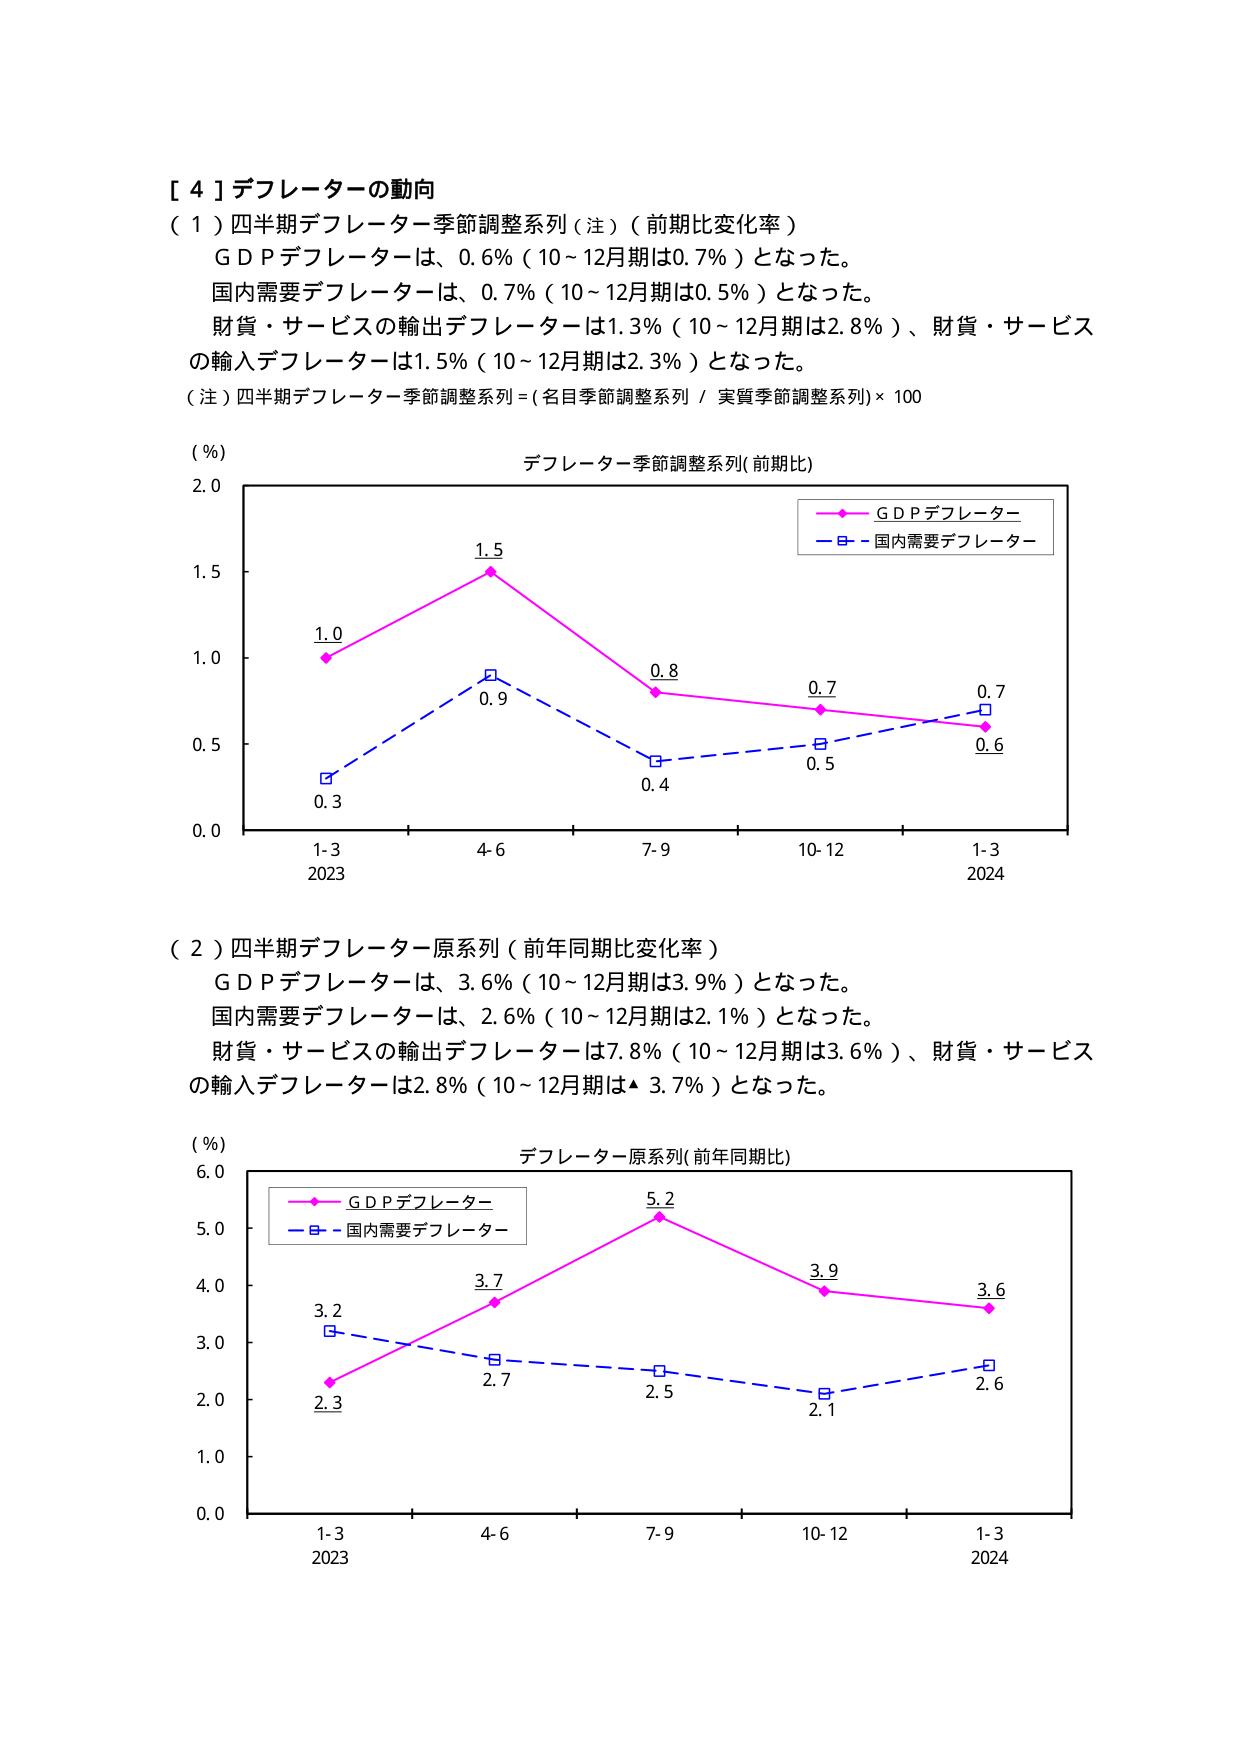
［４］デフレーターの動向
（１）四半期デフレーター季節調整系列（注）（前期比変化率）
　ＧＤＰデフレーターは、0.6％（10～12月期は0.7％）となった。
　国内需要デフレーターは、0.7％（10～12月期は0.5％）となった。
　財貨・サービスの輸出デフレーターは1.3％（10～12月期は2.8％）、財貨・サービス
　の輸入デフレーターは1.5％（10～12月期は2.3％）となった。
（注）四半期デフレーター季節調整系列＝（名目季節調整系列／実質季節調整系列）×100

（％）
デフレーター季節調整系列（前期比）
　　ＧＤＰデフレーター
　　国内需要デフレーター
1.0
1.5
0.8
0.7
0.7
0.6
0.3
0.9
0.4
0.5
1-3
4-6
7-9
10-12
1-3
2023　　　　　　　　　　　　　　　　　　　　　　　　　　　　　　　2024

（２）四半期デフレーター原系列（前年同期比変化率）
　ＧＤＰデフレーターは、3.6％（10～12月期は3.9％）となった。
　国内需要デフレーターは、2.6％（10～12月期は2.1％）となった。
　財貨・サービスの輸出デフレーターは7.8％（10～12月期は3.6％）、財貨・サービス
　の輸入デフレーターは2.8％（10～12月期は▲3.7％）となった。

（％）
デフレーター原系列（前年同期比）
　　ＧＤＰデフレーター
　　国内需要デフレーター
3.2
3.7
5.2
3.9
3.6
2.3
2.7
2.5
2.1
2.6
1-3
4-6
7-9
10-12
1-3
2023　　　　　　　　　　　　　　　　　　　　　　　　　　　　　　　2024